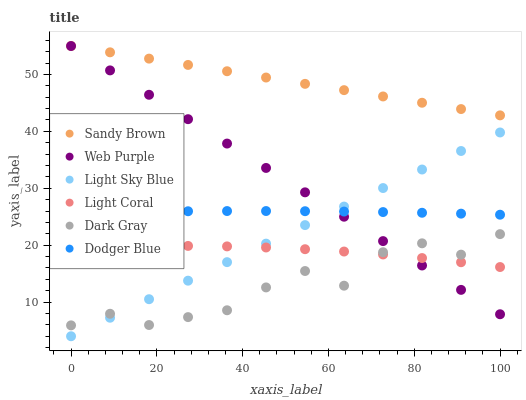
| xaxis_label | Sandy Brown | Web Purple | Light Sky Blue | Light Coral | Dark Gray | Dodger Blue |
 | --- | --- | --- | --- | --- | --- | --- |
 | 0 | 55 | 55 | 4 | 19.5 | 5.91 | 25.7 |
 | 9.09 | 53.9 | 50.7 | 7.26 | 19.7 | 7.95 | 25.8 |
 | 18.2 | 52.8 | 46.4 | 10.5 | 19.8 | 5.97 | 25.9 |
 | 27.3 | 51.7 | 42.1 | 13.8 | 19.9 | 7.36 | 26 |
 | 36.4 | 50.6 | 37.9 | 17 | 19.8 | 8.57 | 26 |
 | 45.5 | 49.5 | 33.6 | 20.3 | 19.6 | 12.6 | 26 |
 | 54.5 | 48.4 | 29.3 | 23.5 | 19.3 | 15.5 | 26 |
 | 63.6 | 47.2 | 25 | 26.8 | 18.9 | 12.9 | 25.9 |
 | 72.7 | 46.1 | 20.7 | 30 | 18.4 | 18.8 | 25.8 |
 | 81.8 | 45 | 16.4 | 33.3 | 17.7 | 20.3 | 25.7 |
 | 90.9 | 43.9 | 12.2 | 36.6 | 17 | 18.3 | 25.5 |
 | 100 | 42.8 | 7.87 | 39.8 | 16.2 | 21.9 | 25.4 |